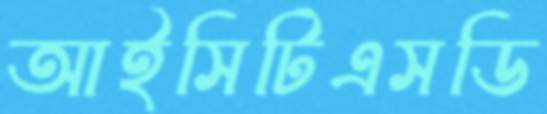
আইসিটিএসডি